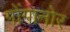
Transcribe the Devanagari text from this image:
गोंगानोर